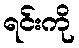
ရင်းကို